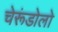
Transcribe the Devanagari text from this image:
चेरूंडोलो